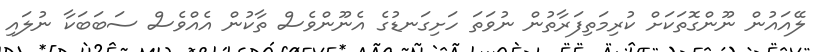
ލޭއައުން ނޫންގޮތަކަށް ކުރިމަތިފަރާތުން ނުވަތަ ހަށިގަނޑުގެ އެނޫންވެސް ތާކުން އެއްވެސް ސަބަބަކާ ނުލައި